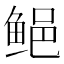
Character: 𱇰